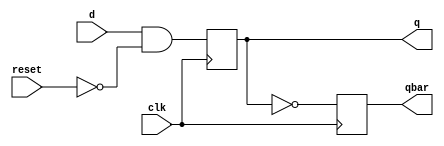
// ROUNAK MODI & VEENA NAGAR
//17CO236 & 17C0151
// 14 oct 2018
//DFF using behavioral modelling

module DFF(d,reset,clk,q,qbar);

input d,reset,clk;

output reg q,qbar;

always @(posedge clk) begin
	
q<=d&(!reset);
qbar<=!q;

end

endmodule